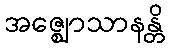
အဇ္ဈောသာနန္တိ